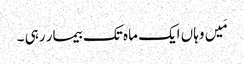
مَیں وہاں ایک ماہ تک بیمار رہی ۔